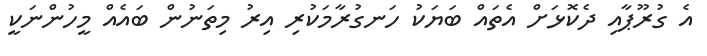
އެ ގުރޫޕާއި ދެކޮޅަށް އެތައް ބަޔަކު ހަނގުރާމަކުރި އިރު މިތަނުން ބައެއް މީހުންނަކީ